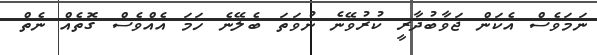
ނަމަވެސް އެކަން ޖަވާބުދާރީ ކުރުވޭނެ ނުވަތަ ބެލޭނެ ހަމަ އެއްވެސް ގޮތެއް ނެތް